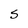
Character: S